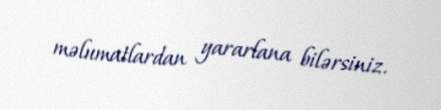
məlumatlardan yararlana bilərsiniz.